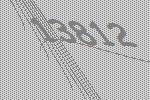
13812